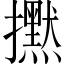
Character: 𢹇